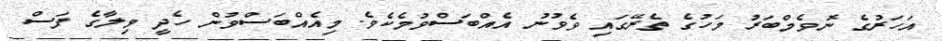
އަހަރުގެ ނޮވެމްބަރު މަހުގެ ތެރޭގައި ވެވުނު އެއްބަސްވުމެކެވެ. މިއެއްބަސްވުން ހެދީ ވިލާގެ ފަސް